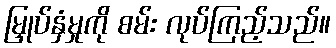
မြှုပ်နှံမှုကို စမ်း လုပ်ကြည့်သည်။